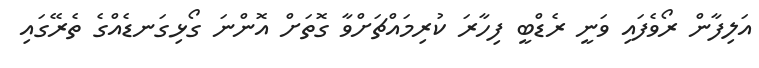
އަލިފާން ރޯވެފައި ވަނީ ރެޑްބީ ފިހާރަ ކުރިމައްޗަށްވާ ގޮތަށް އޮންނަ ގޯޅިގަނޑެއްގެ ތެރޭގައި